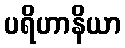
ပရိဟာနိယာ